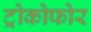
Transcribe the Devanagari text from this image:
ट्रोकोफोर